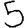
Digit: 5